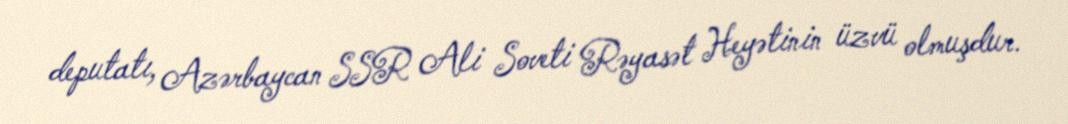
deputatı, Azərbaycan SSR Ali Soveti Rəyasət Heyətinin üzvü olmuşdur.